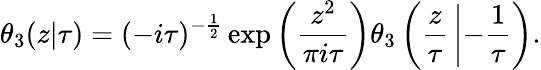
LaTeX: \theta_{3}(z|\tau)=(-i\tau)^{-{\frac{1}{2}}}\exp\left({\frac{z^{2}}{\pi i\tau}}\right)\theta_{3}\left({\frac{z}{\tau}}\left|-{\frac{1}{\tau}}\right.\right).